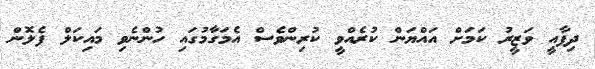
ދިފާއީ ވަޒީރު ކަމަށް އައްޔަން ކުރެއްވީ ކުރިންވެސް އެމަގާމުގައި ހުންނެވި މައިކަލް ފެލޮން